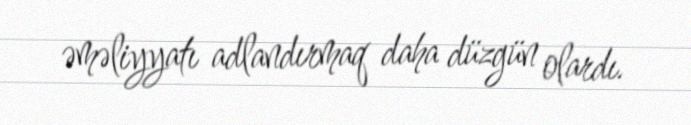
əməliyyatı adlandırmaq daha düzgün olardı.